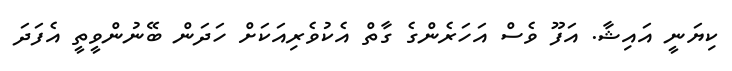
ކިޔަނީ އައިޝާ. އަފޫ ވެސް އަހަރެންގެ ގާތް އެކުވެރިއަކަށް ހަދަން ބޭނުންވީތީ އެފަދަ